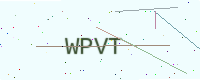
Text: WPVT